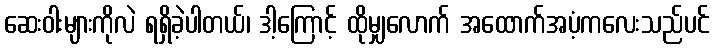
ဆေးဝါးများကိုလဲ ရရှိခဲ့ပါတယ်၊ ဒါ့ကြောင့် ထိုမျှလောက် အထောက်အပံ့ကလေးသည်ပင်